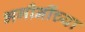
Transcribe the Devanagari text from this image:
भगीनींच्या